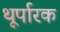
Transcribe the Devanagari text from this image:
थूर्पारक